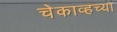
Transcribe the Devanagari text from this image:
चेकाव्हच्या